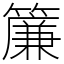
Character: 簾